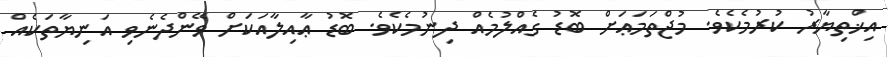
އިޚްތިޔާރު ކުރުމެކެވެ. މުޖްތަމަޢަށް ބޮޑު ގެއްލުމެއް ދިނުމެކެވެ. ބޮޑު ޢާއިލާއަކަށް ވޭންދެނެވި އަނިޔާތަކެއް